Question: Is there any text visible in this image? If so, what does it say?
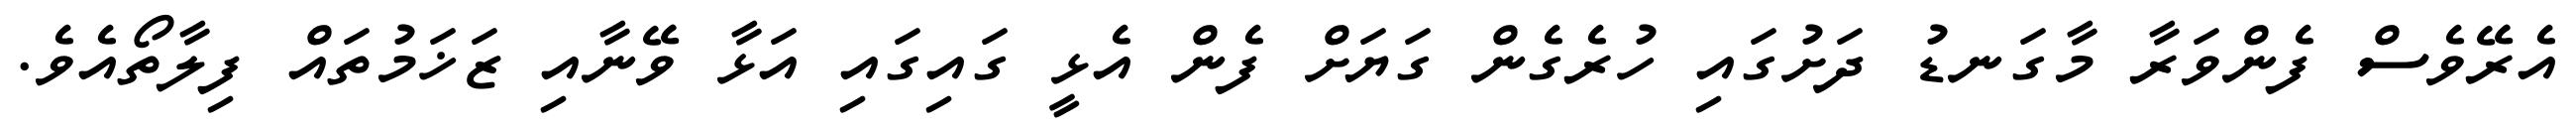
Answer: އެރޭވެސް ފެންވަރާ މާގަނޑު ދަށުގައި ހުރެގެން ގަޔަށް ފެން އެޅީ ގައިގައި އަޅާ ވޭނާއި ޒަޚަމުތައް ފިލާތޯއެވެ.